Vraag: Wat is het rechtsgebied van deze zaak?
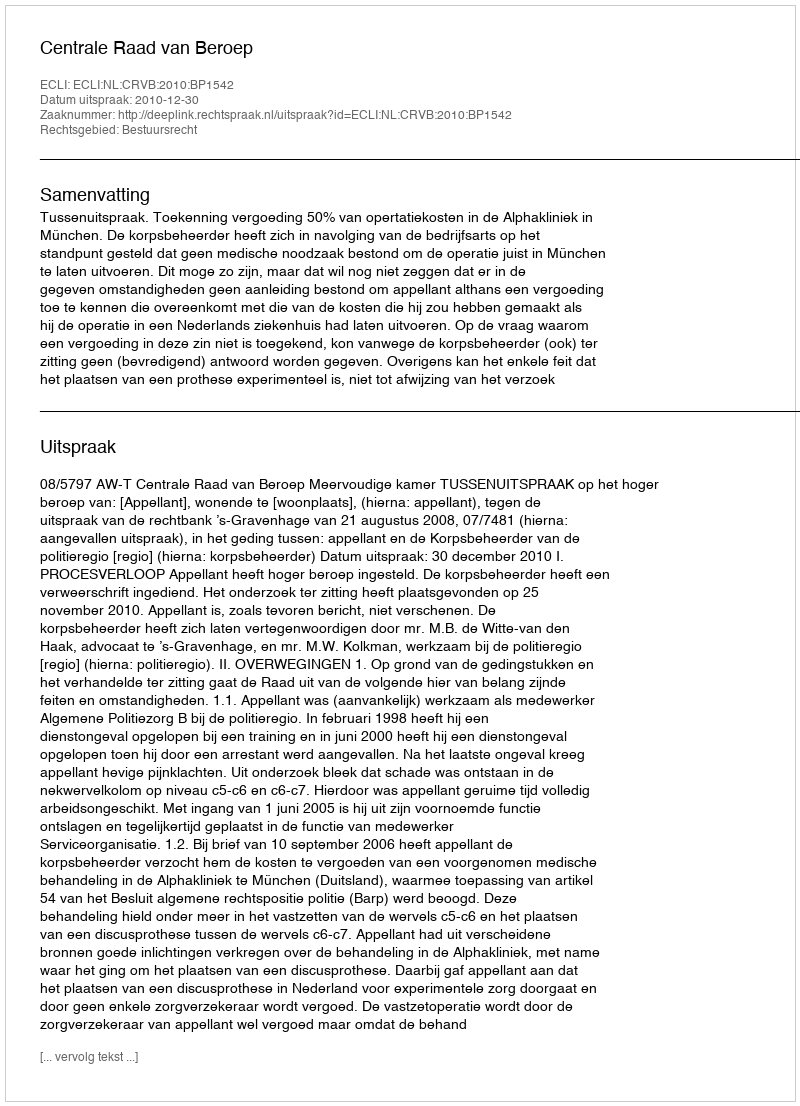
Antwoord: Bestuursrecht